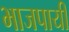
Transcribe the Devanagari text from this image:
भाजपायी